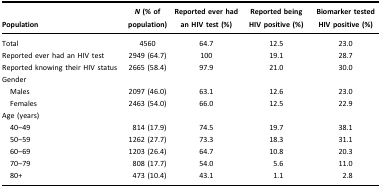
| Population | N (% of population) | Reported ever had an HIV test (%) | Reported being HIV positive (%) | Biomarker tested HIV positive (%) |
 | --- | --- | --- | --- | --- |
 | Total | 4560 | 64.7 | 12.5 | 23.0 |
 | Reported ever had an HIV test | 2949 (64.7) | 100 | 19.1 | 28.7 |
 | Reported knowing their HIV status | 2665 (58.4) | 97.9 | 21.0 | 30.0 |
 | Gender |  |  |  |  |
 | Males | 2097 (46.0) | 63.1 | 12.6 | 23.0 |
 | Females | 2463 (54.0) | 66.0 | 12.5 | 22.9 |
 | Age (years) |  |  |  |  |
 | 40–49 | 814 (17.9) | 74.5 | 19.7 | 38.1 |
 | 50–59 | 1262 (27.7) | 73.3 | 18.3 | 31.1 |
 | 60–69 | 1203 (26.4) | 64.7 | 10.8 | 20.3 |
 | 70–79 | 808 (17.7) | 54.0 | 5.6 | 11.0 |
 | 80+ | 473 (10.4) | 43.1 | 1.1 | 2.8 |